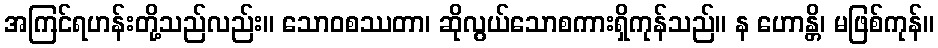
အကြင်ရဟန်းတို့သည်လည်း။ သောဝစဿတာ၊ ဆိုလွယ်သောစကားရှိကုန်သည်။ န ဟောန္တိ၊ မဖြစ်ကုန်။